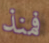
فمنذ